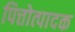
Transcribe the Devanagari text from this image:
पित्तोत्पादक